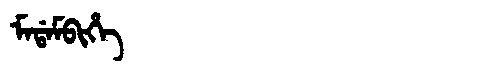
Manchu: ᠮᠠᡩᠠᠮᠪᡳᡥᡝ
Romanization: MADAMBIHE